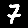
Digit: 7